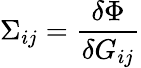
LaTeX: \Sigma_{ij}={\frac{\delta\Phi}{\delta G_{ij}}}